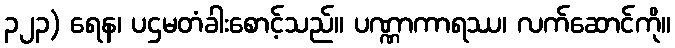
၃၂၃) ရေန၊ ပဌမတံခါးစောင့်သည်။ ပဏ္ဏာကာရဿ၊ လက်ဆောင်ကို။